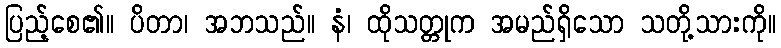
ပြည့်စေ၏။ ပိတာ၊ အဘသည်။ နံ၊ ထိုသတ္တုက အမည်ရှိသော သတို့သားကို။